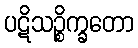
ပဋိသဉ္စိက္ခတော